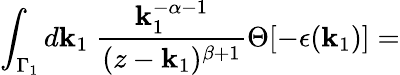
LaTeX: \int_{{\Gamma}_{1}}d\mathbf{k}_{1}\; \frac{{\mathbf{k}_{1}^{-\alpha-1}}}{{(z-\mathbf{k}_{1})^{\beta+1}}}\Theta[-\epsilon(\mathbf{k}_{1})]=